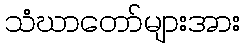
သံဃာတော်များအား